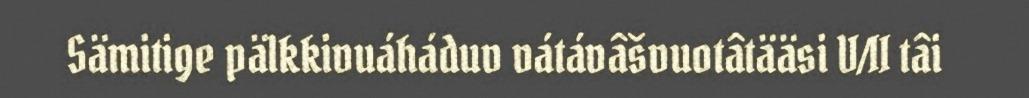
Sämitige pälkkivuáháduv vátávâšvuotâtääsi V/II tâi